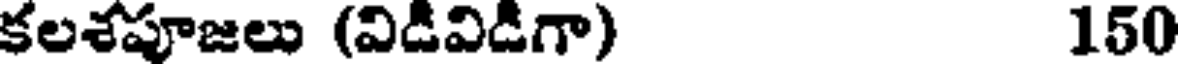
కలశపూజలు (విడవిడగా) 150